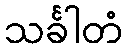
သင်္ခါတံ